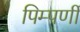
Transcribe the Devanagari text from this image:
पिम्पर्णी